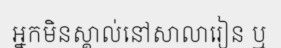
អ្នកមិនស្គាល់នៅសាលារៀន ឬ